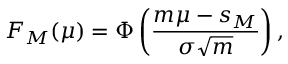
F _ { M } ( \mu ) = \Phi \left( { \frac { m \mu - s _ { M } } { \sigma { \sqrt { m } } } } \right) ,